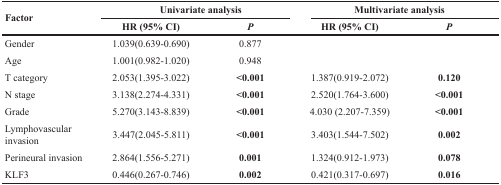
| <ROWSPAN=2> Factor | <COLSPAN=2> Univariate analysis | <COLSPAN=2> Multivariate analysis |
 | HR (95% CI) | P | HR (95% CI) | P |
 | --- | --- | --- | --- | --- |
 | Gender | 1.039(0.639-0.690) | 0.877 |  |  |
 | Age | 1.001(0.982-1.020) | 0.948 |  |  |
 | T category | 2.053(1.395-3.022) | <0.001 | 1.387(0.919-2.072) | 0.120 |
 | N stage | 3.138(2.274-4.331) | <0.001 | 2.520(1.764-3.600) | <0.001 |
 | Grade | 5.270(3.143-8.839) | <0.001 | 4.030 (2.207-7.359) | <0.001 |
 | Lymphovascular invasion | 3.447(2.045-5.811) | <0.001 | 3.403(1.544-7.502) | 0.002 |
 | Perineural invasion | 2.864(1.556-5.271) | 0.001 | 1.324(0.912-1.973) | 0.078 |
 | KLF3 | 0.446(0.267-0.746) | 0.002 | 0.421(0.317-0.697) | 0.016 |